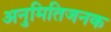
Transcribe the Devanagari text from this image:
अनुमितिजनक